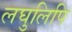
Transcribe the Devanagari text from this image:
लघुलिपि